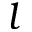
l